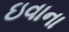
ઇવાના